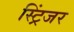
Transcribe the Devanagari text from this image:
स्ट्रिंजर